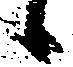
候